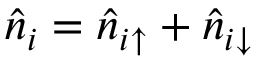
\hat { n } _ { i } = \hat { n } _ { i \uparrow } + \hat { n } _ { i \downarrow }